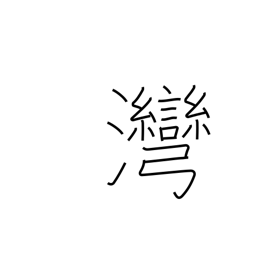
Meaning: inlet